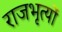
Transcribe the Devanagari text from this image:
राजभृत्यों